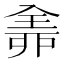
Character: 𠓴